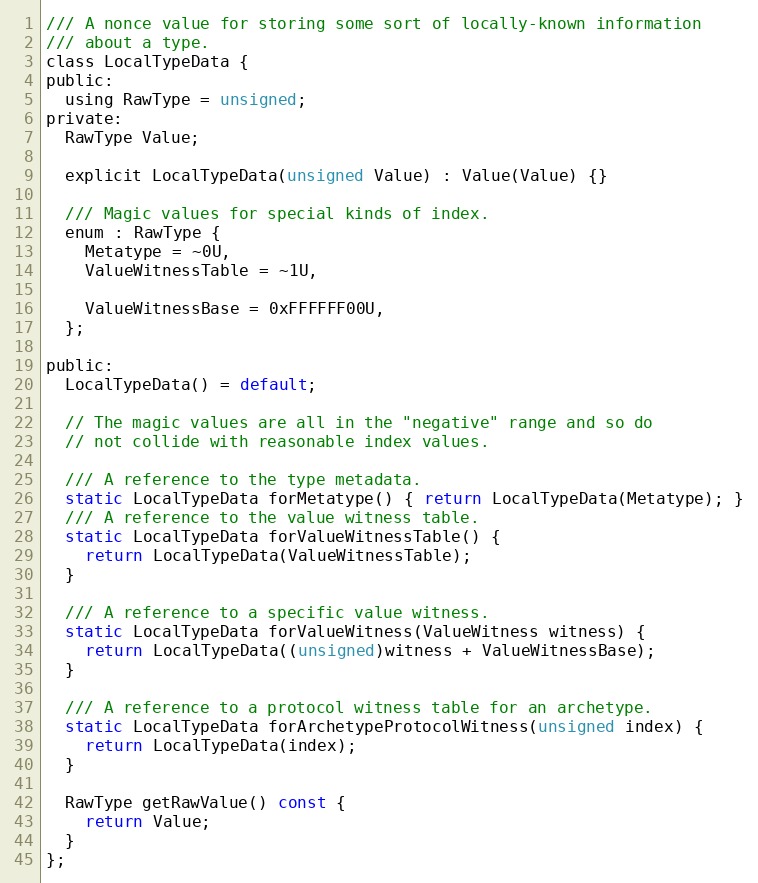
Language: C
/// A nonce value for storing some sort of locally-known information
/// about a type.
class LocalTypeData {
public:
  using RawType = unsigned;
private:
  RawType Value;

  explicit LocalTypeData(unsigned Value) : Value(Value) {}

  /// Magic values for special kinds of index.
  enum : RawType {
    Metatype = ~0U,
    ValueWitnessTable = ~1U,

    ValueWitnessBase = 0xFFFFFF00U,
  };

public:
  LocalTypeData() = default;

  // The magic values are all in the "negative" range and so do
  // not collide with reasonable index values.

  /// A reference to the type metadata.
  static LocalTypeData forMetatype() { return LocalTypeData(Metatype); }
  /// A reference to the value witness table.
  static LocalTypeData forValueWitnessTable() {
    return LocalTypeData(ValueWitnessTable);
  }

  /// A reference to a specific value witness.
  static LocalTypeData forValueWitness(ValueWitness witness) {
    return LocalTypeData((unsigned)witness + ValueWitnessBase);
  }

  /// A reference to a protocol witness table for an archetype.
  static LocalTypeData forArchetypeProtocolWitness(unsigned index) {
    return LocalTypeData(index);
  }

  RawType getRawValue() const {
    return Value;
  }
};